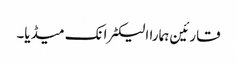
قارئین ہمارا الیکٹرانک میڈیا۔